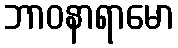
ဘာဝနာရာမော